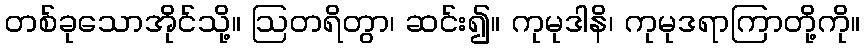
တစ်ခုသောအိုင်သို့။ ဩတရိတွာ၊ ဆင်း၍။ ကုမုဒါနိ၊ ကုမုဒရာကြာတို့ကို။